Korporatsioon_Amicitia, lk 8
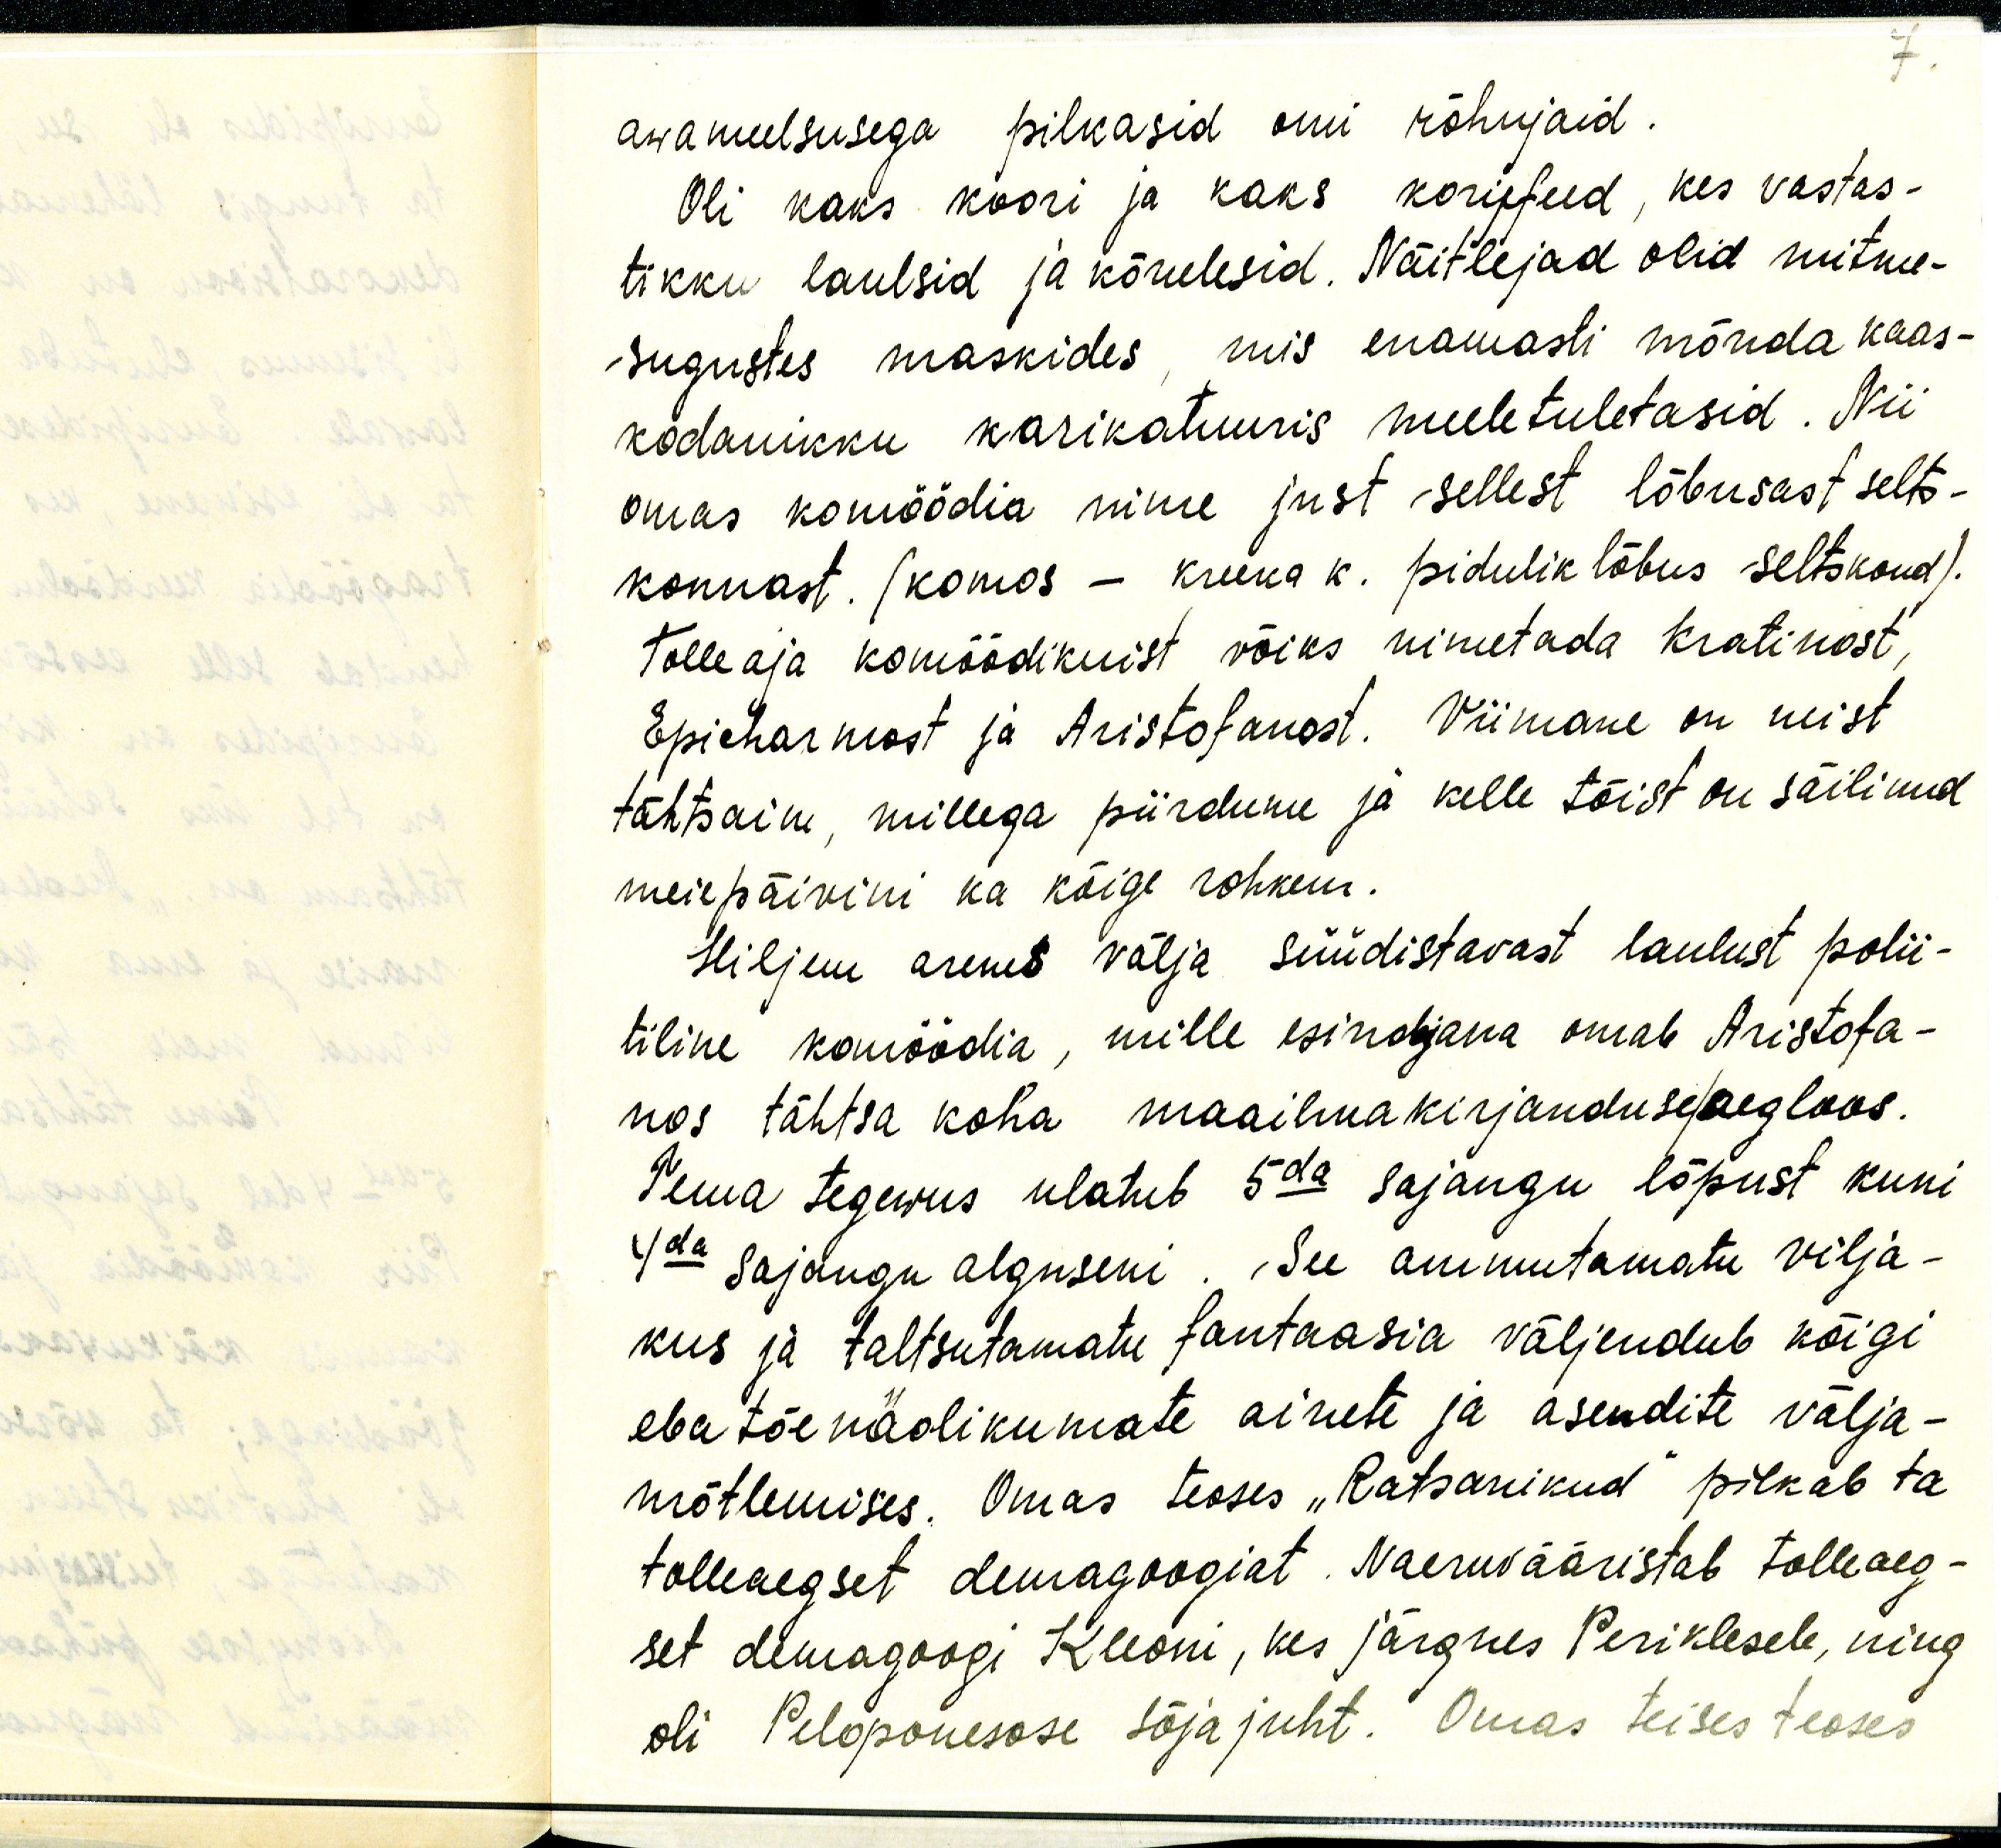
7.

awameelsusega pilkasid omi rõhujaid.
Oli kaks koori ja kaks korüfeed, kes vastas-
tikku laulsid ja kõnelesid. Näitlejad olid mitme-
sugustes maskides, mis enamasti mõnda kaas-
kodanikku karikatuuris meele tuletasid. Nii
omas komöödia nime just sellest lõbusast selts-
konnast. (komos - kreeka k. pidulik lõbus seltskond).
Tolle aja komöödikuist võiks nimetada Kratinost,
Epicharmost ja Aristofanost. Viimane on neist
tähtsaim, millega piirdume ja kelle töist on säilinud
meie päivini ka kõige rohkem.
Hiljem areneb välja süüdistavast laulust polii-
tiline komöödia, mille esindjana omab Aristofa-
nos tähtsa koha maailmakirjanduse/ aegloos.
Tema tegewus ulatub 5da sajangu lõpust kuni
4da sajangu alguseni. See ammutamatu vilja-
kus ja taltsutamatu fantaasia väljendub kõigi
eba tõenäolikumate ainete ja asendite välja-
mõtlemises. Omas teoses "Ratsanikud" pilkab ta
tolleaegset demagoogiat. Naeruvääristab tolleaeg-
set demagoogi Kleoni, kes järgnes Periklesele, ning
oli Peloponesose sõjajuht. Omas teises teoses